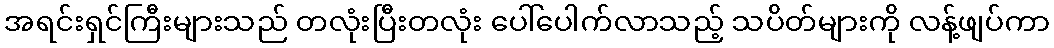
အရင်းရှင်ကြီးများသည် တလုံးပြီးတလုံး ပေါ်ပေါက်လာသည့် သပိတ်များကို လန့်ဖျပ်ကာ